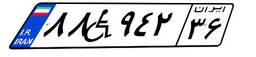
۵۶W۸۲۲۸۳